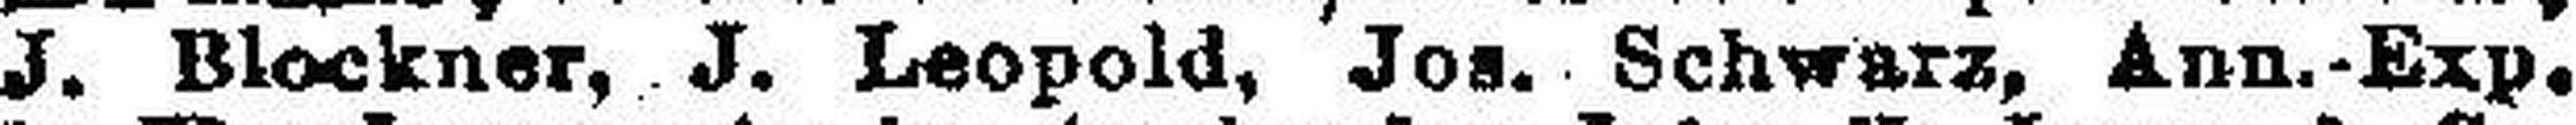
J. Blockner, J. Leopold, Jos. Schwarz, Ann.-Exp,